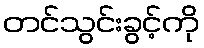
တင်သွင်းခွင့်ကို